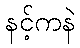
နင့်ကနဲ